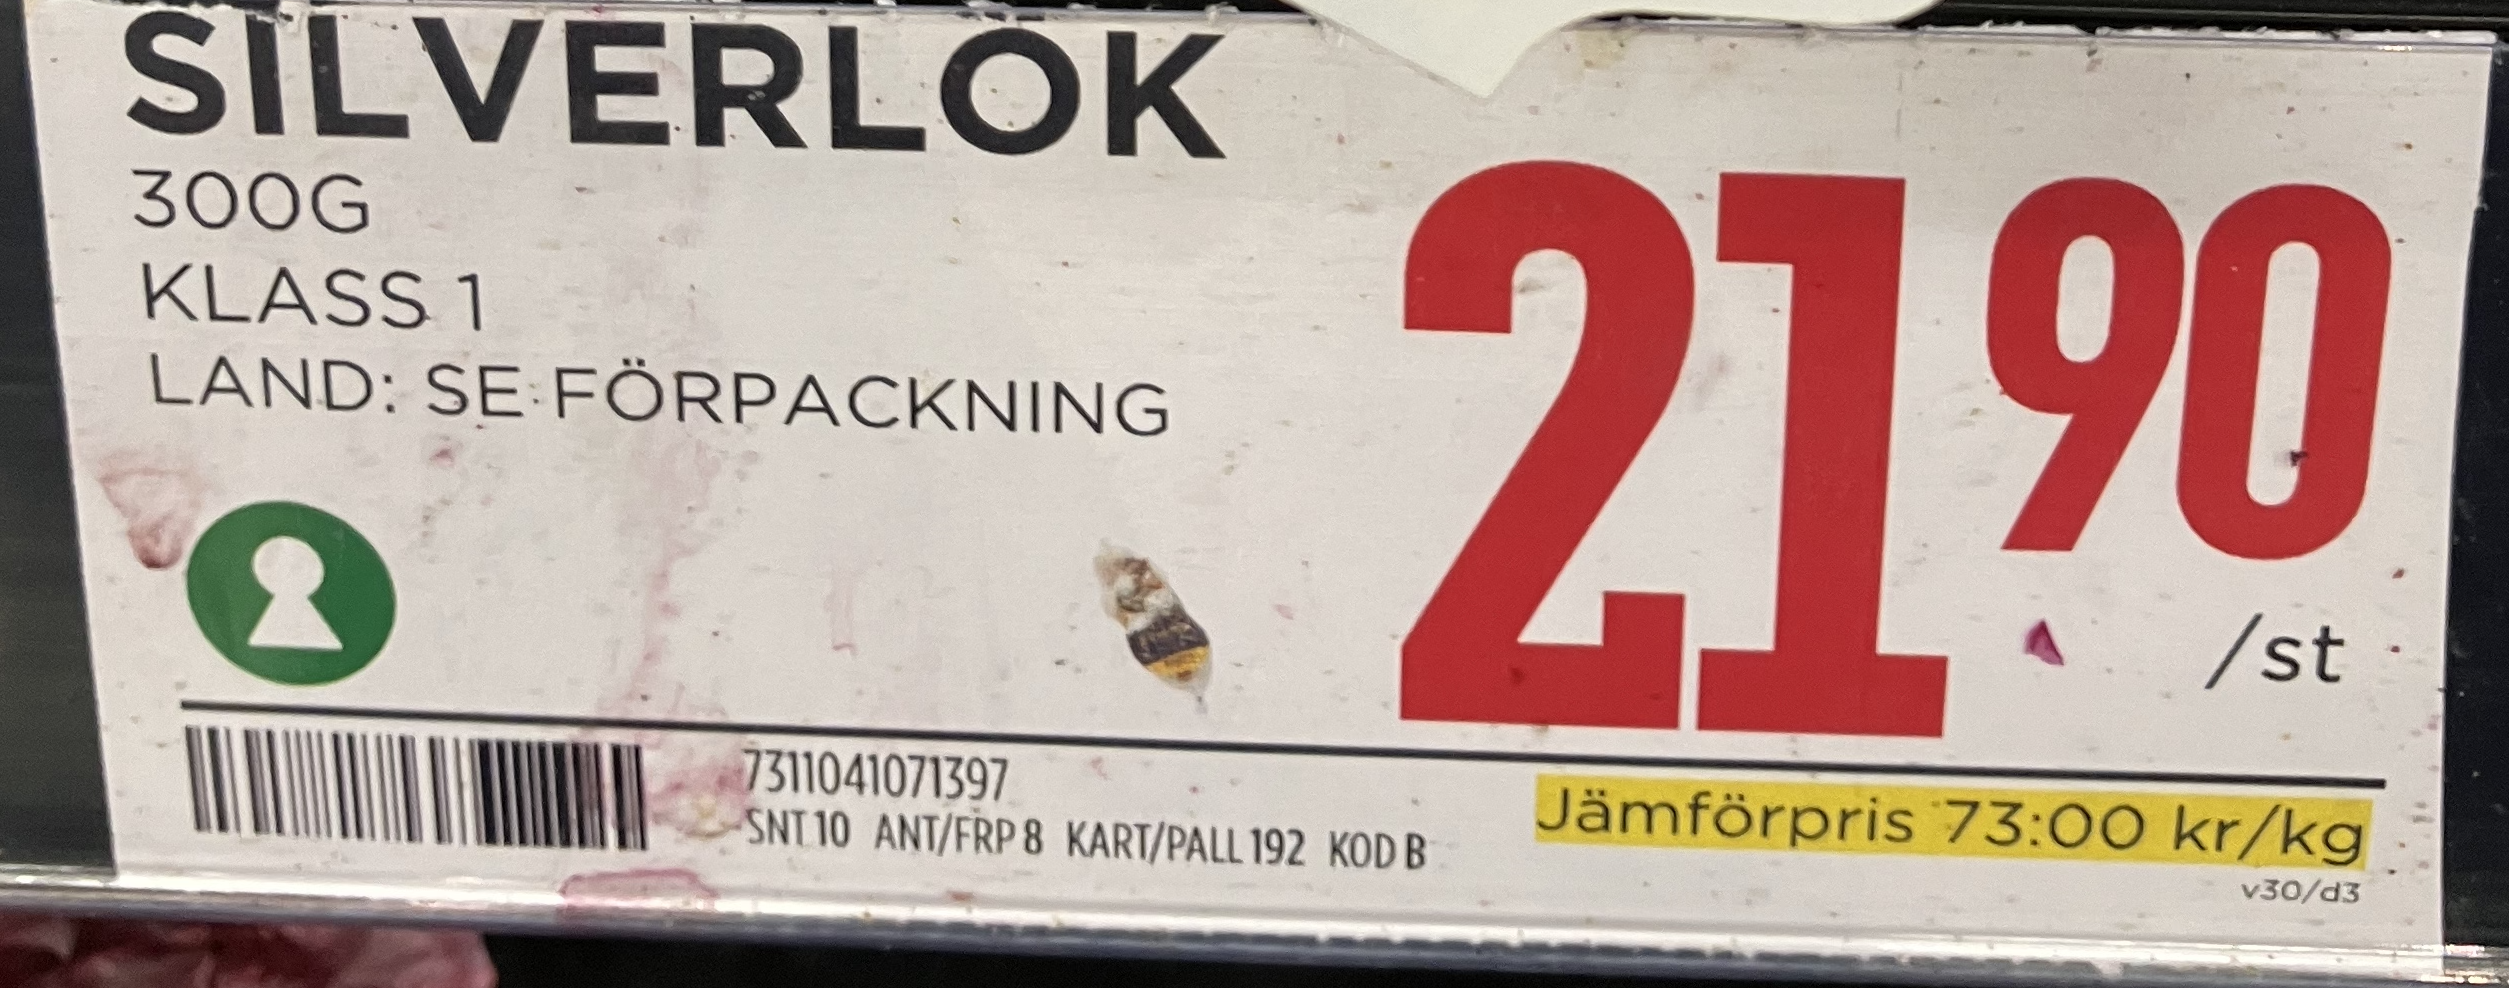
Vara: Silverlok
Genomsnittspris: 73 per kg